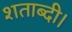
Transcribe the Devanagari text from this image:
शताब्दी।